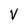
Character: v